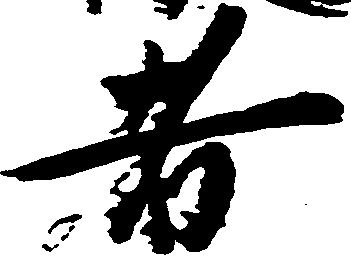
者